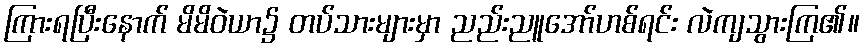
ကြားရပြီးနောက် မိမိဝဲယာ၌ တပ်သားများမှာ ညည်းညူအော်ဟစ်ရင်း လဲကျသွားကြ၏။